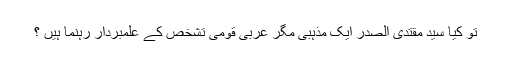
تو کیا سید مقتدی الصدر ایک مذہبی مگر عربی قومی تشخص کے علمبردار رہنما ہیں ؟